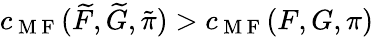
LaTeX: c_{\mathrm{~M~F~}}(\widetilde{F},\widetilde{G},\tilde{\pi})>c_{\mathrm{~M~F~}}(F,G,\pi)